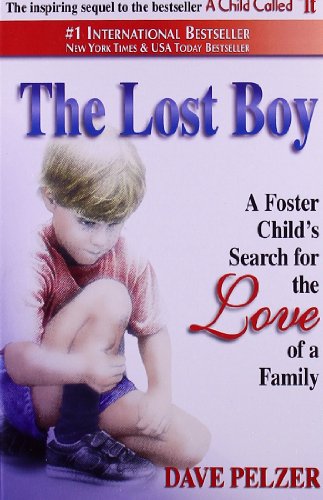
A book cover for The Lost Boy: A Foster Child's Search for the Love of a Family; Dave Pelzer; Parenting & Relationships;